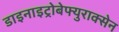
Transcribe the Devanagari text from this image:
डाइनाइट्रोबेफ्युराक्सेन